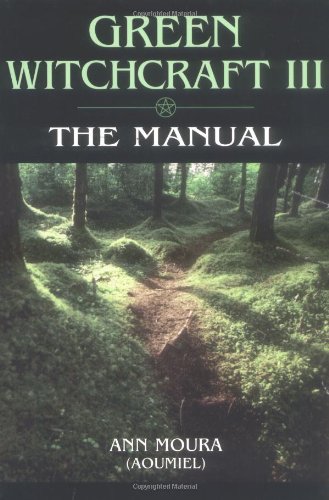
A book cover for The Manual (Green Witchcraft, Book 3); Ann Moura; Reference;